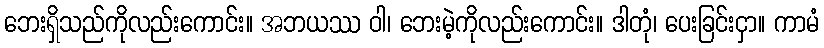
ဘေးရှိသည်ကိုလည်းကောင်း။ အဘယဿ ဝါ၊ ဘေးမဲ့ကိုလည်းကောင်း။ ဒါတုံ၊ ပေးခြင်းငှာ။ ကာမံ